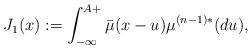
LaTeX: \begin{align*}J_1(x):= \int_{-\infty}^{A+}\bar\mu(x-u)\mu^{(n-1)*}(du),\end{align*}